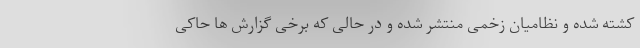
کشته شده و نظامیان زخمی منتشر شده و در حالی که برخی گزارش ها حاکی